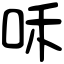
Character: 咊